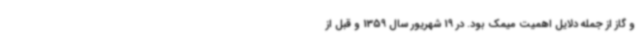
و گاز از جمله دلایل اهمیت میمک بود. در 19 شهریور سال 1359 و قبل از